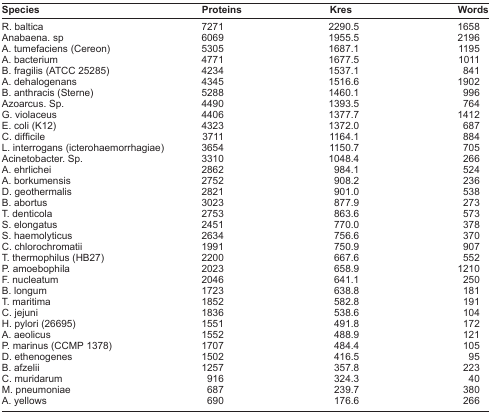
<table><thead><tr><td><b>Species</b></td><td><b>Proteins</b></td><td><b>Kres</b></td><td><b>Words</b></td></tr></thead><tbody><tr><td>R. baltica</td><td>7271</td><td>2290.5</td><td>1658</td></tr><tr><td>Anabaena. sp</td><td>6069</td><td>1955.5</td><td>2196</td></tr><tr><td>A. tumefaciens (Cereon)</td><td>5305</td><td>1687.1</td><td>1195</td></tr><tr><td>A. bacterium</td><td>4771</td><td>1677.5</td><td>1011</td></tr><tr><td>B. fragilis (ATCC 25285)</td><td>4234</td><td>1537.1</td><td>841</td></tr><tr><td>A. dehalogenans</td><td>4345</td><td>1516.6</td><td>1902</td></tr><tr><td>B. anthracis (Sterne)</td><td>5288</td><td>1460.1</td><td>996</td></tr><tr><td>Azoarcus. Sp.</td><td>4490</td><td>1393.5</td><td>764</td></tr><tr><td>G. violaceus</td><td>4406</td><td>1377.7</td><td>1412</td></tr><tr><td>E. coli (K12)</td><td>4323</td><td>1372.0</td><td>687</td></tr><tr><td>C. difficile</td><td>3711</td><td>1164.1</td><td>884</td></tr><tr><td>L. interrogans (icterohaemorrhagiae)</td><td>3654</td><td>1150.7</td><td>705</td></tr><tr><td>Acinetobacter. Sp.</td><td>3310</td><td>1048.4</td><td>266</td></tr><tr><td>A. ehrlichei</td><td>2862</td><td>984.1</td><td>524</td></tr><tr><td>A. borkumensis</td><td>2752</td><td>908.2</td><td>236</td></tr><tr><td>D. geothermalis</td><td>2821</td><td>901.0</td><td>538</td></tr><tr><td>B. abortus</td><td>3023</td><td>877.9</td><td>273</td></tr><tr><td>T. denticola</td><td>2753</td><td>863.6</td><td>573</td></tr><tr><td>S. elongatus</td><td>2451</td><td>770.0</td><td>378</td></tr><tr><td>S. haemolyticus</td><td>2634</td><td>756.6</td><td>370</td></tr><tr><td>C. chlorochromatii</td><td>1991</td><td>750.9</td><td>907</td></tr><tr><td>T. thermophilus (HB27)</td><td>2200</td><td>667.6</td><td>552</td></tr><tr><td>P. amoebophila</td><td>2023</td><td>658.9</td><td>1210</td></tr><tr><td>F. nucleatum</td><td>2046</td><td>641.1</td><td>250</td></tr><tr><td>B. longum</td><td>1723</td><td>638.8</td><td>181</td></tr><tr><td>T. maritima</td><td>1852</td><td>582.8</td><td>191</td></tr><tr><td>C. jejuni</td><td>1836</td><td>538.6</td><td>104</td></tr><tr><td>H. pylori (26695)</td><td>1551</td><td>491.8</td><td>172</td></tr><tr><td>A. aeolicus</td><td>1552</td><td>488.9</td><td>121</td></tr><tr><td>P. marinus (CCMP 1378)</td><td>1707</td><td>484.4</td><td>105</td></tr><tr><td>D. ethenogenes</td><td>1502</td><td>416.5</td><td>95</td></tr><tr><td>B. afzelii</td><td>1257</td><td>357.8</td><td>223</td></tr><tr><td>C. muridarum</td><td>916</td><td>324.3</td><td>40</td></tr><tr><td>M. pneumoniae</td><td>687</td><td>239.7</td><td>380</td></tr><tr><td>A. yellows</td><td>690</td><td>176.6</td><td>266</td></tr></tbody></table>